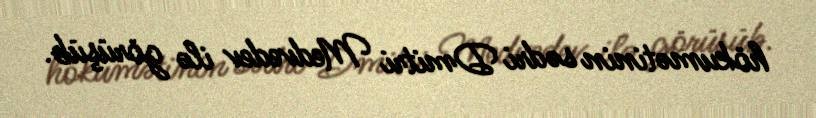
hökumətinin sədri Dmitri Medvedev ilə görüşüb.